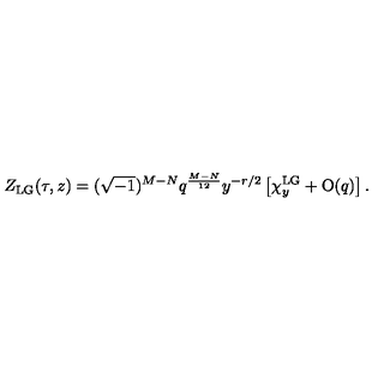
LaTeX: Z _ { \mathrm { L G } } ( \tau , z ) = ( \sqrt { - 1 } ) ^ { M - N } q ^ { \frac { M - N } { 1 2 } } y ^ { - r / 2 } \left[ \chi _ { y } ^ { \mathrm { L G } } + \mathrm { O } ( q ) \right] .